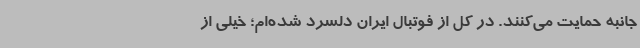
جانبه حمایت می‌کنند. در کل از فوتبال ایران دلسرد شده‌ام؛ خیلی از